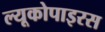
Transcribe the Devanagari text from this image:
ल्यूकोपाइरस